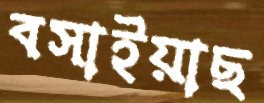
বসাইয়াছ